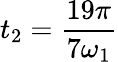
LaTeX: t_{2}=\frac{19\pi}{7\omega_{1}}